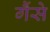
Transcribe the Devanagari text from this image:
गैंसे